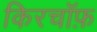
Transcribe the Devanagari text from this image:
किरचॉफ़